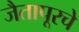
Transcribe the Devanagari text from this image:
जैतापूरचे